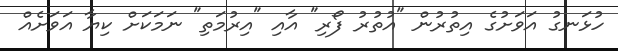
ހުޅަނގު އަވަށުގެ އިތުރުން "އުތުރު ފޯރި" އާއި "އިރުމަތި" ނަމަކަށް ކިޔާ އަވަށެއް